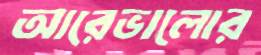
আরেভালোর